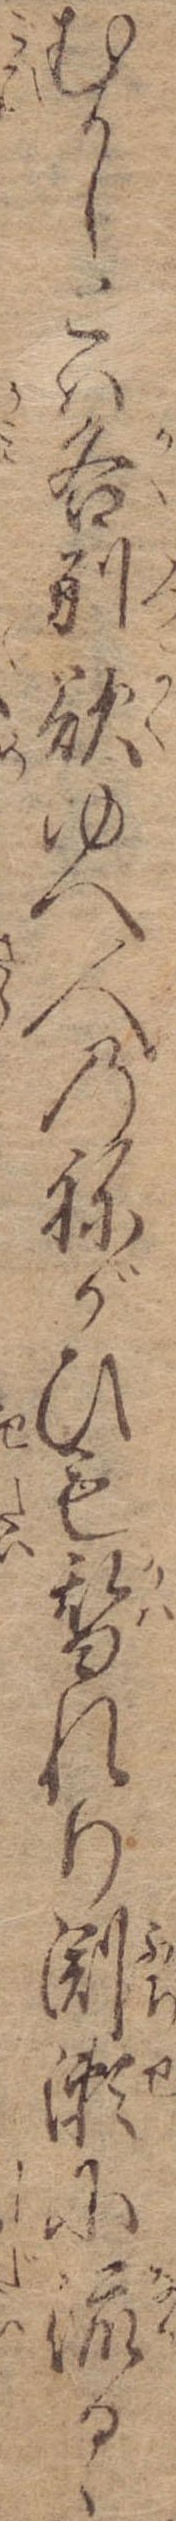
むかしとは各別欲ゆへ人のねがひも替れり淵瀬に流るゝ